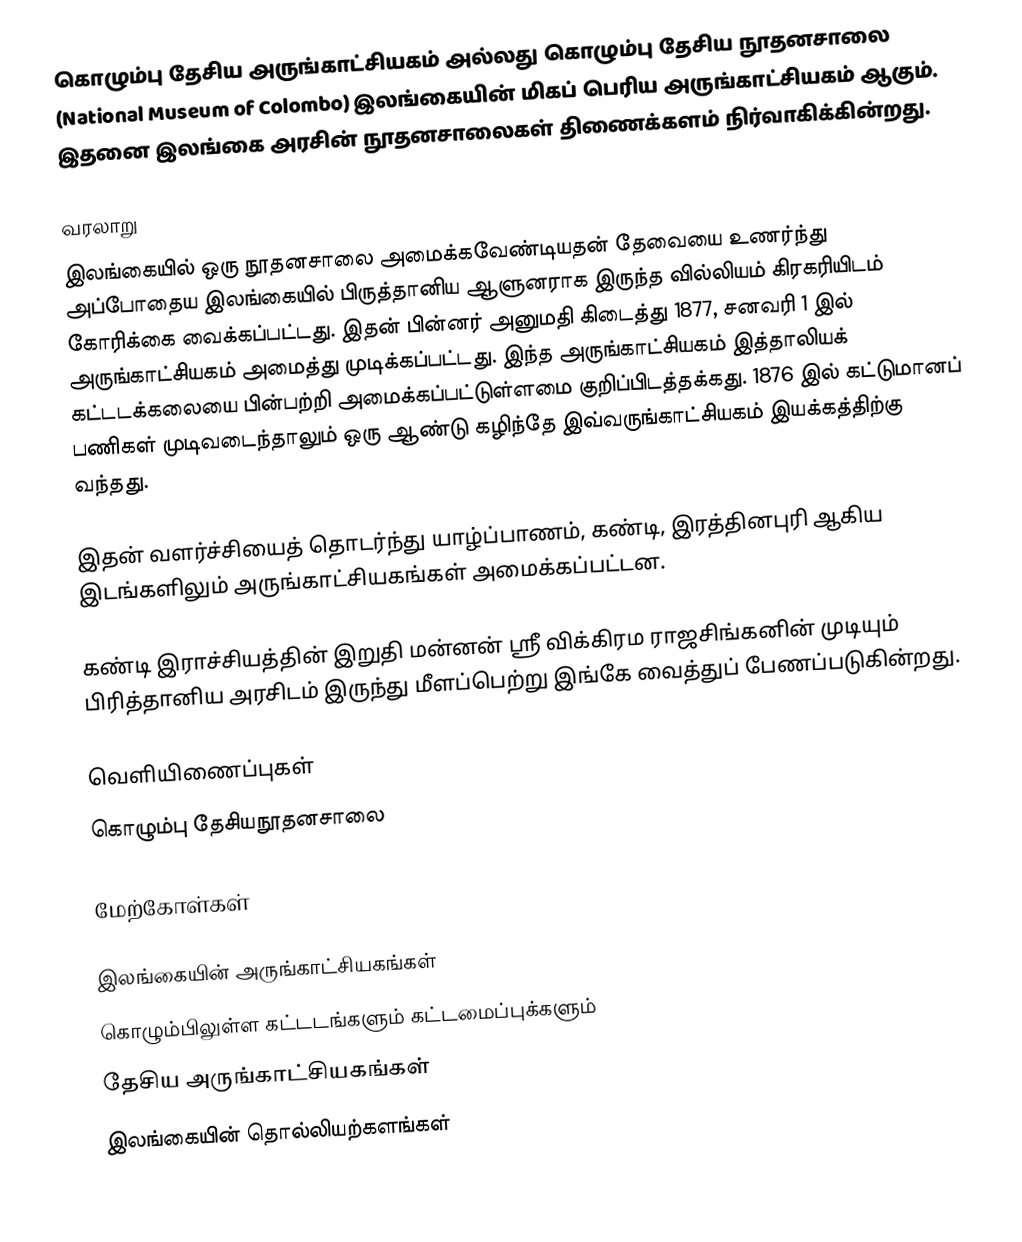
கொழும்பு தேசிய அருங்காட்சியகம் அல்லது கொழும்பு தேசிய நூதனசாலை (National Museum of Colombo) இலங்கையின் மிகப் பெரிய அருங்காட்சியகம் ஆகும். இதனை இலங்கை அரசின் நூதனசாலைகள் திணைக்களம் நிர்வாகிக்கின்றது.

வரலாறு
இலங்கையில் ஒரு நூதனசாலை அமைக்கவேண்டியதன் தேவையை உணர்ந்து அப்போதைய இலங்கையில் பிருத்தானிய ஆளுனராக இருந்த வில்லியம் கிரகரியிடம் கோரிக்கை வைக்கப்பட்டது. இதன் பின்னர் அனுமதி கிடைத்து 1877, சனவரி 1 இல் அருங்காட்சியகம் அமைத்து முடிக்கப்பட்டது. இந்த அருங்காட்சியகம் இத்தாலியக் கட்டடக்கலையை பின்பற்றி அமைக்கப்பட்டுள்ளமை குறிப்பிடத்தக்கது. 1876 இல் கட்டுமானப் பணிகள் முடிவடைந்தாலும் ஒரு ஆண்டு கழிந்தே இவ்வருங்காட்சியகம் இயக்கத்திற்கு வந்தது.

இதன் வளர்ச்சியைத் தொடர்ந்து யாழ்ப்பாணம், கண்டி, இரத்தினபுரி ஆகிய இடங்களிலும் அருங்காட்சியகங்கள் அமைக்கப்பட்டன.

கண்டி இராச்சியத்தின் இறுதி மன்னன் ஸ்ரீ விக்கிரம ராஜசிங்கனின் முடியும் பிரித்தானிய அரசிடம் இருந்து மீளப்பெற்று இங்கே வைத்துப் பேணப்படுகின்றது.

வெளியிணைப்புகள்
கொழும்பு தேசியநூதனசாலை

மேற்கோள்கள்

இலங்கையின் அருங்காட்சியகங்கள்
கொழும்பிலுள்ள கட்டடங்களும் கட்டமைப்புக்களும்
தேசிய அருங்காட்சியகங்கள்
இலங்கையின் தொல்லியற்களங்கள்